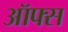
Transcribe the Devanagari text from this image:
ऑफ्स